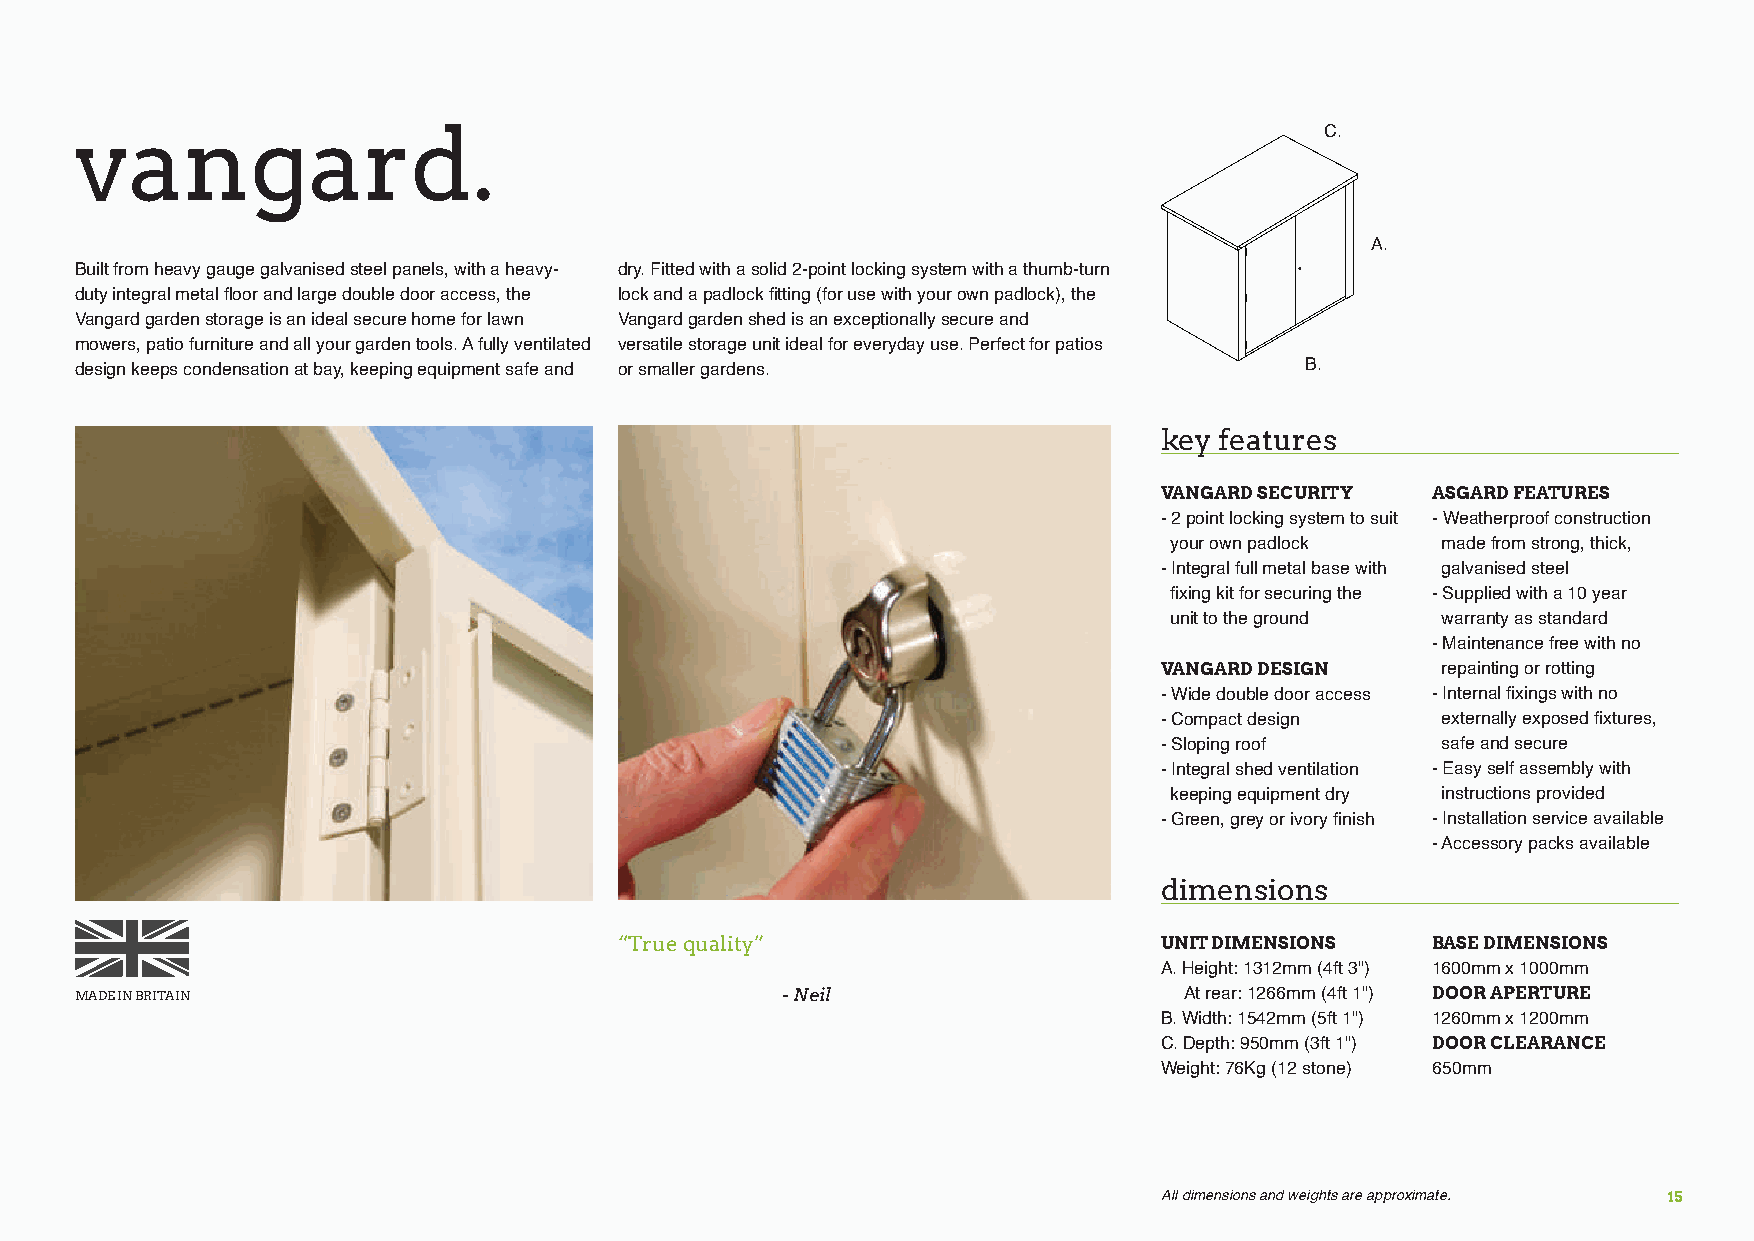
vangard.                                                                           C.
 A.
 Built from heavy gauge galvanised steel panels, with a heavy- dry. Fitted with a solid 2-point locking system with a thumb-turn
 duty integral metal floor and large double door access, the lock and a padlock fitting (for use with your own padlock), the
 Vangard garden storage is an ideal secure home for lawn Vangard garden shed is an exceptionally secure and
 mowers, patio furniture and all your garden tools. A fully ventilated versatile storage unit ideal for everyday use. Perfect for patios
 design keeps condensation at bay, keeping equipment safe and or smaller gardens. B.
 key features
 VANGARD SECURITY  ASGARD FEATURES
 - 2 point locking system to suit - Weatherproof construction
 your own padlock made from strong, thick,
 - Integral full metal base with galvanised steel
 fixing kit for securing the - Supplied with a 10 year
 unit to the ground warranty as standard
 - Maintenance free with no
 VANGARD DESIGN    repainting or rotting
 - Wide double door access - Internal fixings with no
 - Compact design  externally exposed fixtures,
 - Sloping roof    safe and secure
 - Integral shed ventilation - Easy self assembly with
 keeping equipment dry instructions provided
 - Green, grey or ivory finish - Installation service available
 - Accessory packs available
 dimensions
 “True quality”                      UNIT DIMENSIONS   BASE DIMENSIONS
 A. Height: 1312mm (4ft 3") 1600mm x 1000mm
 MADE IN BRITAIN                                - Neil                    At rear: 1266mm (4ft 1") DOOR APERTURE
 B. Width: 1542mm (5ft 1") 1260mm x 1200mm
 C. Depth: 950mm (3ft 1") DOOR CLEARANCE
 Weight: 76Kg (12 stone) 650mm
 All dimensions and weights are approximate. 15